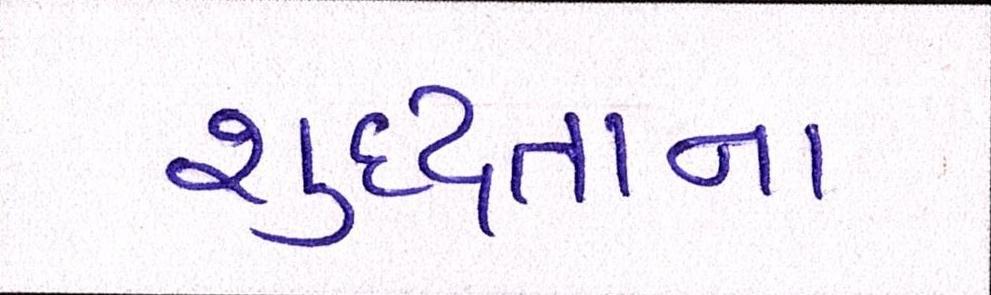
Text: શુદ્ધતાના